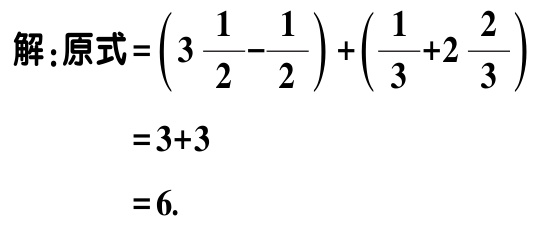
解：原式\(=\left(3\frac{1}{2}-\frac{1}{2}\right)+\left(\frac{1}{3}+2\frac{2}{3}\right)\)

\(=3 + 3\)

\(=6\).